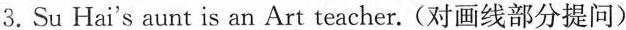
3.Su Hai's aunt is an Art teacher.(对画线部分提问)